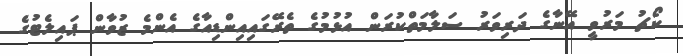
ކޯޗު މަރުވީ އޭނާގެ ދަރިވަރު ސަލާމަތްކުރަން އުޅުމުގެ ތެރޭގައިއިންޑިއާގެ އެންމެ ޒުވާން ޕައިލެޓުގެ